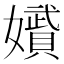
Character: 𭒪